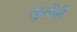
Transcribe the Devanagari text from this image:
युरोंची